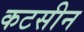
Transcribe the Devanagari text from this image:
कटसीन